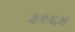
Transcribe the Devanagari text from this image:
३१६४